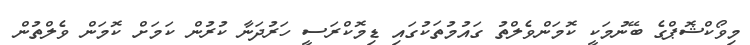
މިވޯކްޝޮޕްގެ ބޭނުމަކީ ކޮމަންވެލްތު ގައުމުތަކުގައި ޑިމޮކްރަސީ ހަރުދަނާ ކުރުން ކަމަށް ކޮމަން ވެލްތުން